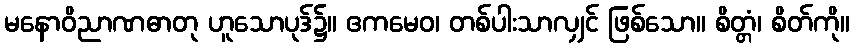
မနောဝိညာဏဓာတု ဟူသောပုဒ်၌။ ဧကမေဝ၊ တစ်ပါးသာလျှင် ဖြစ်သော။ စိတ္တံ၊ စိတ်ကို။